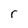
Character: r